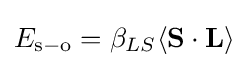
E_{\mathrm {s} -\mathrm {o} }=\beta _{LS}\langle \mathbf {S} \cdot \mathbf {L} \rangle